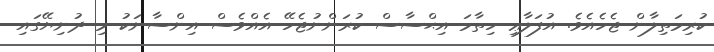
ކުރިމަތިލާން ޖެހެއެވެ. އުފަލާޢި ހިތާމަ އިޙްސާސް ކުރަންނުޖެހޭ އެއްވެސް އިންސާނަކު މި ދުނިޔޭގައި